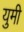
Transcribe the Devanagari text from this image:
युमी